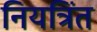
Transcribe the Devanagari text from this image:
नियत्रिंत